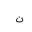
Letter: _non